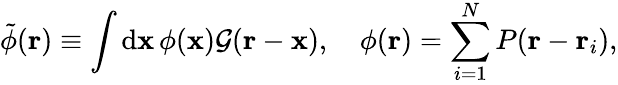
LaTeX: \tilde{\phi}(\mathbf{r})\equiv\int\mathrm{d}\mathbf{x}\, \phi(\mathbf{x})\mathcal{G}(\mathbf{r}-\mathbf{x}),\quad\phi(\mathbf{r})=\sum_{i=1}^{N}P(\mathbf{r}-\mathbf{r}_{i}),